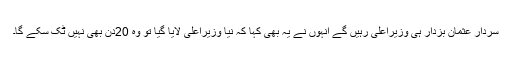
سردار عثمان بزدار ہی وزیراعلیٰ رہیں گے انہوں نے یہ بھی کہا کہ نیا وزیراعلیٰ لایا گیا تو وہ 20دن بھی نہیں ٹک سکے گا۔